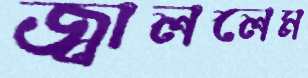
জ্বাললেম